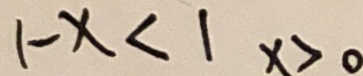
1 - x < 1 x > 0